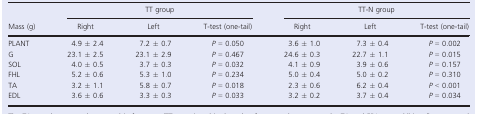
<table><thead><tr><td></td><td colspan="3"><b>TT group</b></td><td colspan="3"><b>TT‐N group</b></td></tr><tr><td><b>Mass (g)</b></td><td><b>Right</b></td><td><b>Left</b></td><td><b>T‐test (one‐tail)</b></td><td><b>Right</b></td><td><b>Left</b></td><td><b>T‐test (one‐tail)</b></td></tr></thead><tbody><tr><td>PLANT</td><td>4.9 ± 2.4</td><td>7.2 ± 0.7</td><td><i>P </i>=<i> </i>0.050</td><td>3.6 ± 1.0</td><td>7.3 ± 0.4</td><td><i>P </i>=<i> </i>0.002</td></tr><tr><td>G</td><td>23.1 ± 2.5</td><td>23.1 ± 2.9</td><td><i>P </i>=<i> </i>0.467</td><td>24.6 ± 0.3</td><td>22.7 ± 1.1</td><td><i>P </i>=<i> </i>0.015</td></tr><tr><td>SOL</td><td>4.0 ± 0.5</td><td>3.7 ± 0.3</td><td><i>P </i>=<i> </i>0.032</td><td>4.1 ± 0.9</td><td>3.9 ± 0.6</td><td><i>P </i>=<i> </i>0.157</td></tr><tr><td>FHL</td><td>5.2 ± 0.6</td><td>5.3 ± 1.0</td><td><i>P </i>=<i> </i>0.234</td><td>5.0 ± 0.4</td><td>5.0 ± 0.2</td><td><i>P </i>=<i> </i>0.310</td></tr><tr><td>TA</td><td>3.2 ± 1.1</td><td>5.8 ± 0.7</td><td><i>P </i>=<i> </i>0.018</td><td>2.3 ± 0.6</td><td>6.2 ± 0.4</td><td><i>P </i>&lt;<i> </i>0.001</td></tr><tr><td>EDL</td><td>3.6 ± 0.6</td><td>3.3 ± 0.3</td><td><i>P </i>=<i> </i>0.033</td><td>3.2 ± 0.2</td><td>3.7 ± 0.4</td><td><i>P </i>=<i> </i>0.034</td></tr></tbody></table>